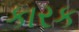
કારક